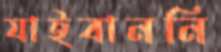
যাইবাননি